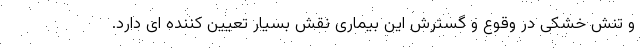
و تنش خشکی در وقوع و گسترش این بیماری نقش بسیار تعیین کننده ای دارد.